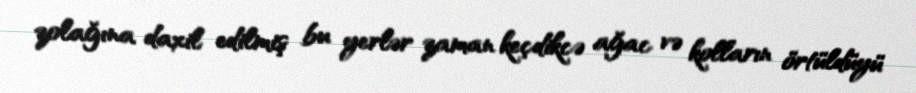
zolağına daxil edilmiş bu yerlər zaman keçdikcə ağac və kolların örtüldüyü